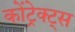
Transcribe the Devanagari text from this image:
कोंट्रेक्ट्स